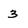
Character: 3